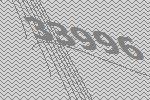
33996